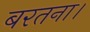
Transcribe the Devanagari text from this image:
बरतना।